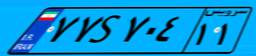
۷۷S۷۰۴۱۱